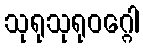
သုရုသုရုဝဂ္ဂေါ